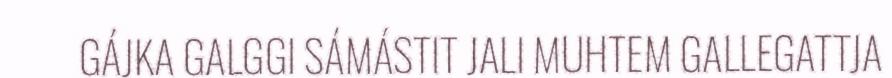
GÁJKA GALGGI SÁMÁSTIT JALI MUHTEM GALLEGATTJA